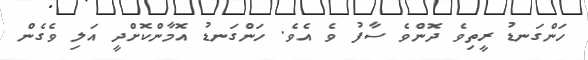
ހަންގަނޑު ރީތިވެ ދޮންވެ ސާފު ވެ އެވެ. ހަންގަނޑު އޮމާންކޮށްދީ އަލި ވެގެން